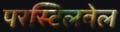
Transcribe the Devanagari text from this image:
परस्टिलवेल